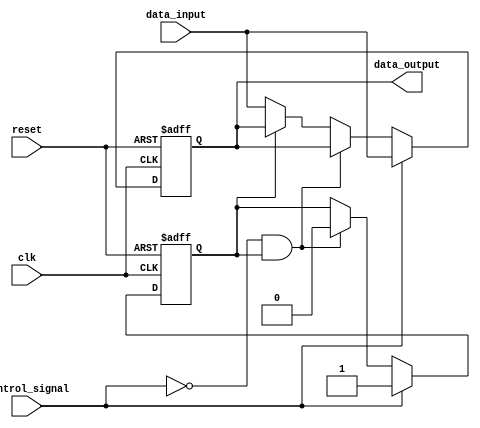
module hold_condition (
    input wire clk,                // Clock signal
    input wire reset,              // Reset signal
    input wire control_signal,      // Control signal to enable hold condition
    input wire data_input,         // Data input to be held
    output reg data_output         // Data output reflecting held value
);

    // Internal state to track if we are in hold condition
    reg hold_state;

    always @(posedge clk or posedge reset) begin
        if (reset) begin
            // Reset condition: clear the held value and output
            data_output <= 1'b0;
            hold_state <= 1'b0;
        end else if (control_signal) begin
            // If control signal is asserted, capture the data input
            data_output <= data_input;
            hold_state <= 1'b1; // Set hold state
        end else if (!control_signal && hold_state) begin
            // If control signal is deactivated, release hold state
            hold_state <= 1'b0; // Clear hold state
        end else if (!hold_state) begin
            // If not in hold state, follow the data input
            data_output <= data_input;
        end
    end

endmodule